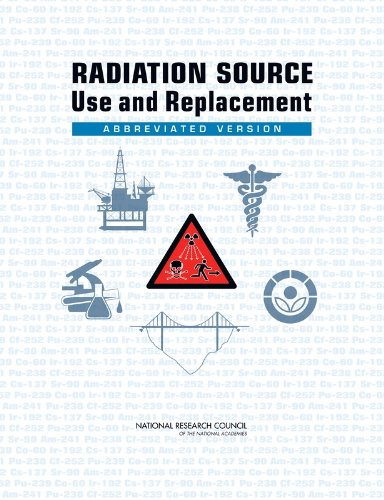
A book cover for Radiation Source Use and Replacement:: Abbreviated Version; Committee on Radiation Source Use and Replacement; Science & Math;